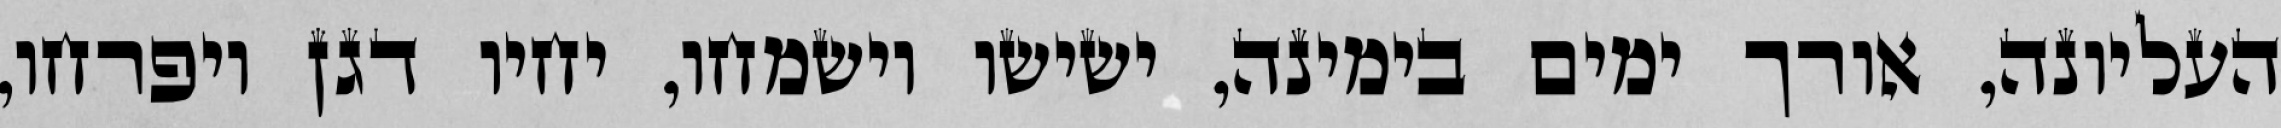
העליונה, אורך ימים בימינה, ישישו וישמחו, יחיו דגן ויפרחו,